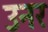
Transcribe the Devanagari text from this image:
उनर